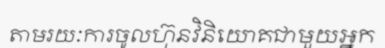
តាមរយៈការចូលហ៊ុនវិនិយោគជាមួយអ្នក